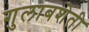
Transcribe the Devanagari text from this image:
गुलाबशेती